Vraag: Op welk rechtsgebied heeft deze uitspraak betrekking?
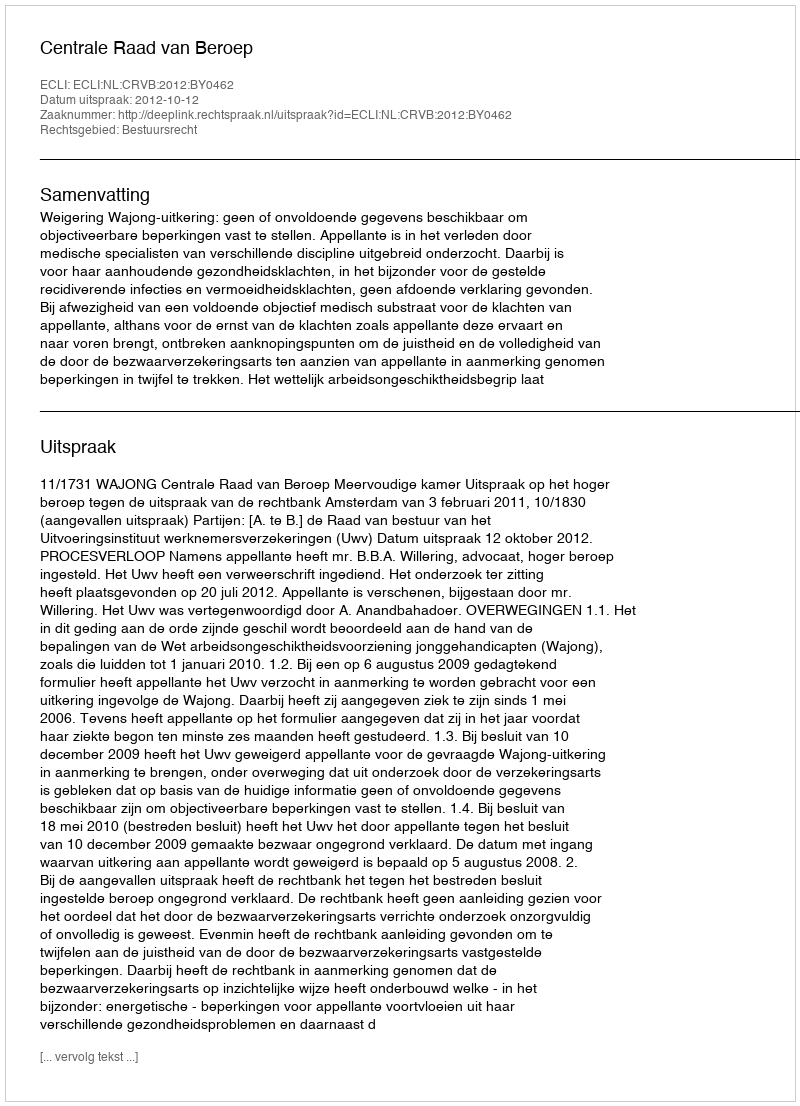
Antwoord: Bestuursrecht